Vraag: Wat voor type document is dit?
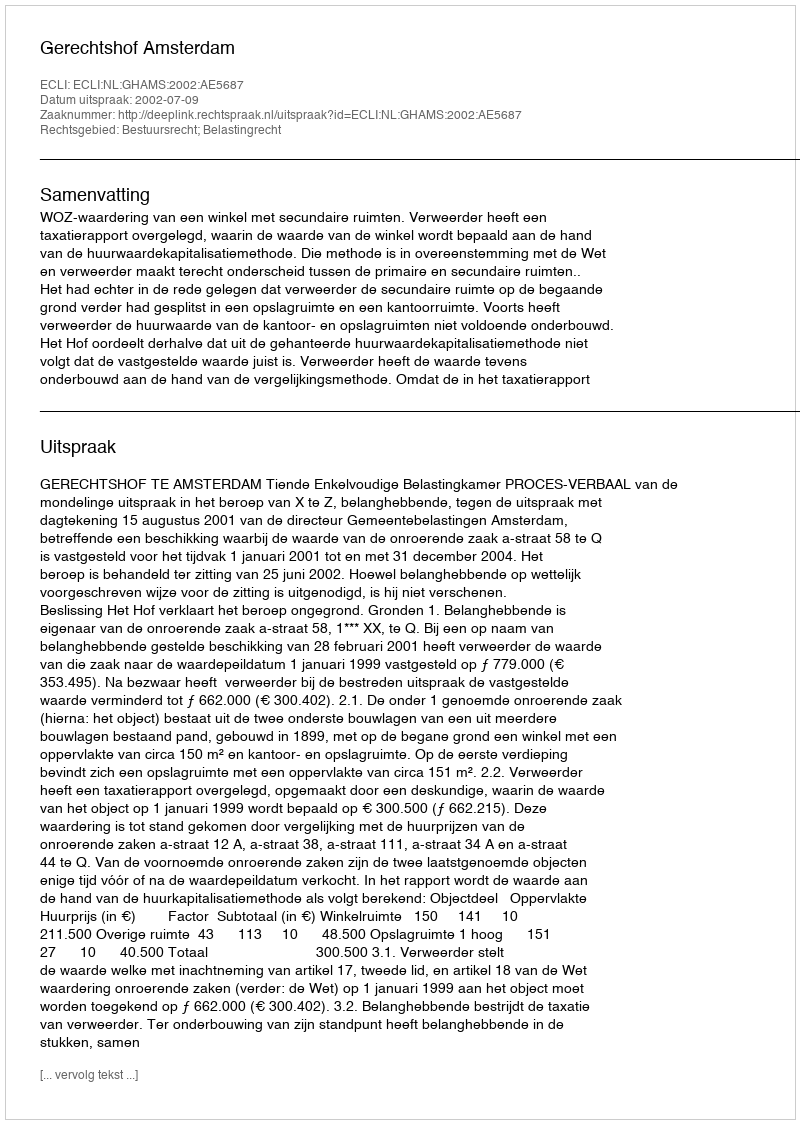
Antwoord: Uitspraak